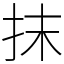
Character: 抹